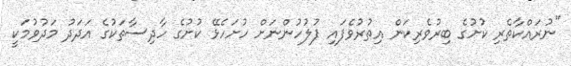
"ނުރައްކާތެރި ކުށުގެ ބިރުވެރިކަން އިތުރުވެފައި ފުލުހުންނަށް ހުށަހެޅޭ ކުށުގެ ހާދިސާތަކުގެ އަދަދު މަދުވުމަކީ